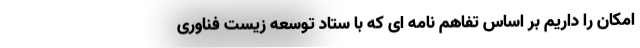
امکان را داریم بر اساس تفاهم نامه ای که با ستاد توسعه زیست فناوری